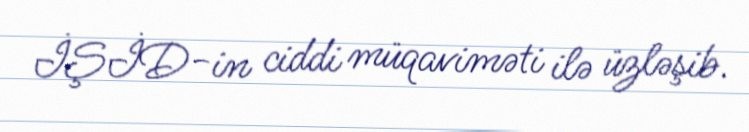
İŞİD-in ciddi müqaviməti ilə üzləşib.